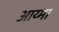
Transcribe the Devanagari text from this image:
आय्मा